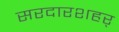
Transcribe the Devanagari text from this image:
सरदारशहर्